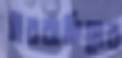
ইবরাহিমের